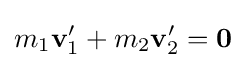
m_{1}\mathbf {v} _{1}^{\prime }+m_{2}\mathbf {v} _{2}^{\prime }={\boldsymbol {0}}